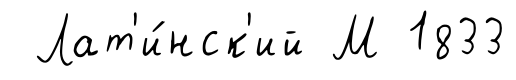
Лат'и́нск'ий М 1833